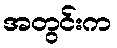
အတွင်းက